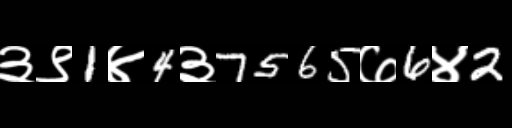
Text: ३९1४4३7565७6४2